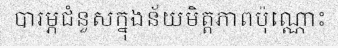
បារម្ភជំនួសក្នុងន័យមិត្តភាពប៉ុណ្ណោះ